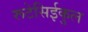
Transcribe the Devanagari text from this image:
रूटेसिईकुल